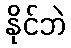
နိုင်ဘဲ